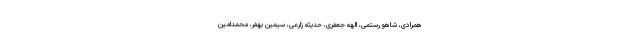
همرادی، شاهو رستمی، الهه جعفری، حدیثه زارعی، سیمین بهفر، محمدامین